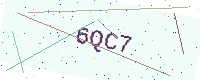
Text: 6QC7